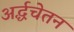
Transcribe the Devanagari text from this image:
अर्द्धचेतन